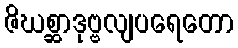
ဇိဃစ္ဆာဒုဗ္ဗလျပရေတော